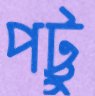
পট্টু